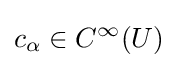
c_{\alpha }\in C^{\infty }(U)